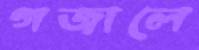
গজালে